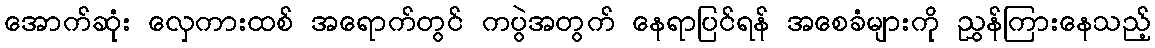
အောက်ဆုံး လှေကားထစ် အရောက်တွင် ကပွဲအတွက် နေရာပြင်ရန် အစေခံများကို ညွှန်ကြားနေသည့်